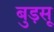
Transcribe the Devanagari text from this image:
बुड़सू